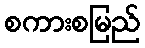
စကားစမြည်